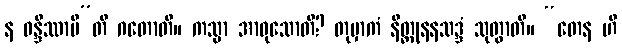
န ဝန္ဒိဿာမီ”တိ ဂတောတိ။ ကသ္မာ အာဝုသောတိ? တုမှာကံ နိတ္ထုနနသဒ္ဒံ သုတွာတိ။ “တေန ဟိ